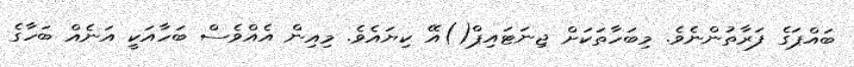
ބައްޕަގެ ފަރާތުންނެވެ. މިބަހާތަކަށް ޖިނަޓައިޕް()އޭ ކިޔައެވެ. މިއިން އެއްވެސް ބަހާއަކީ އަނެއް ބަހާގެ